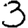
Digit: 3